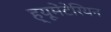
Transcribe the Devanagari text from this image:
ह्यूमेंटेरियन